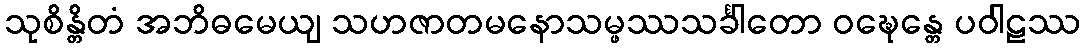
သုစိန္တိတံ အဘိဓမေယျ သဟဇာတမနောသမ္ဖဿသင်္ခါတော ဝဍ္ဎေန္တေ ပဝါဠဿ